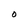
Character: O